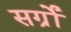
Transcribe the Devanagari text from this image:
सर्ग्रों